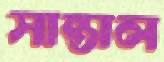
সান্তাল